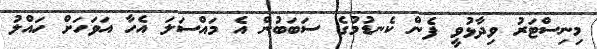
މިނިސްޓަރު ވިދާޅުވީ ފެން ކެނޑުމުގެ ސަބަބުން އެ މައްސަލަ އެހާ އަވަހަށް ހައްލު